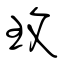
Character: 玫